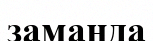
замаңда